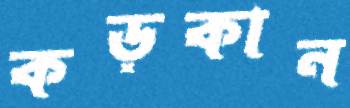
কড়কান